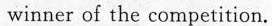
winner of the competition.